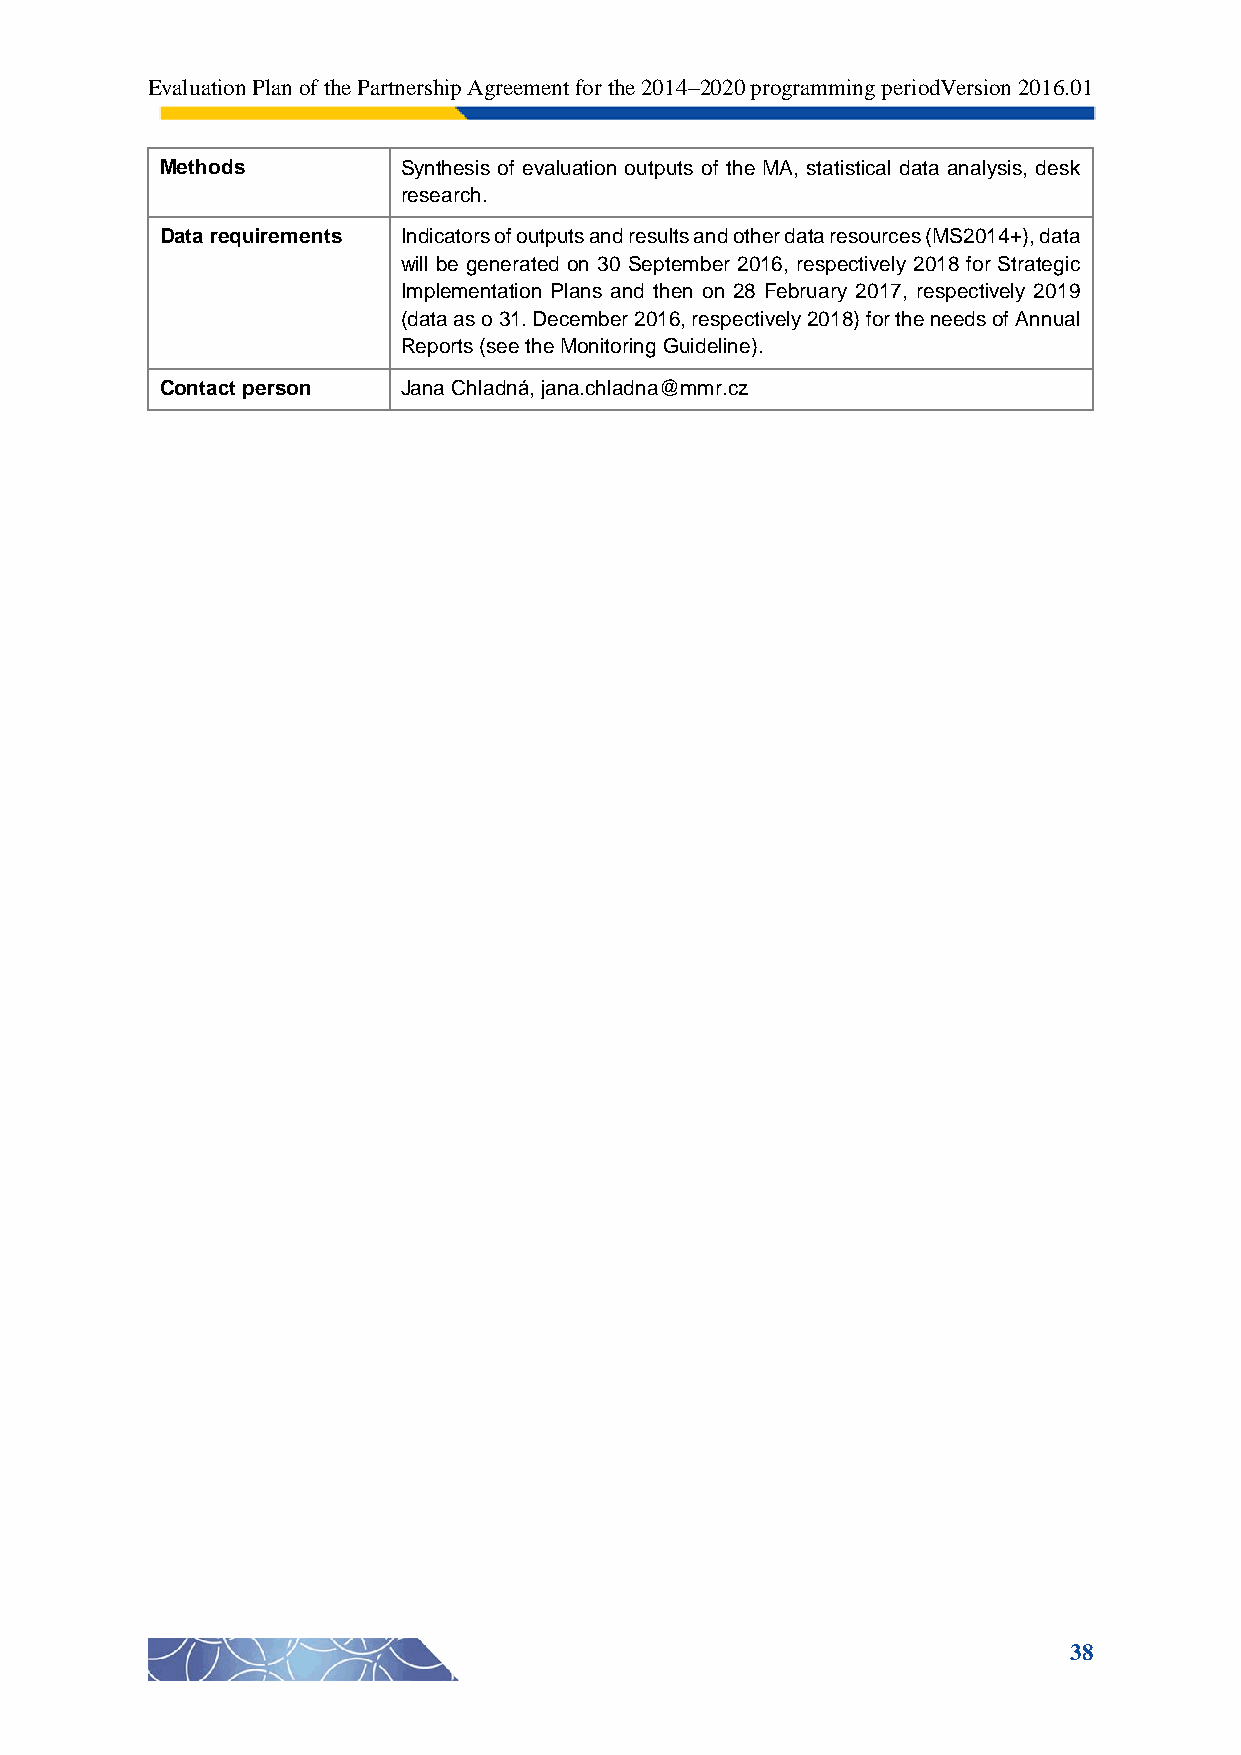
Evaluation Plan of the Partnership Agreement for the 2014–2020 programming periodVersion 2016.01
 Methods         Synthesis of evaluation outputs of the MA, statistical data analysis, desk
 research.
 Data requirements Indicators of outputs and results and other data resources (MS2014+), data
 will be generated on 30 September 2016, respectively 2018 for Strategic
 Implementation Plans and then on 28 February 2017, respectively 2019
 (data as o 31. December 2016, respectively 2018) for the needs of Annual
 Reports (see the Monitoring Guideline).
 Contact person  Jana Chladná, jana.chladna@mmr.cz
 38